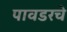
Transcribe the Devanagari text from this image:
पावडरचे